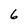
Character: 6